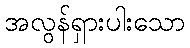
အလွန်ရှားပါးသော